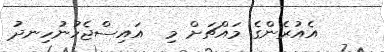
އެއުރެންގެ މައްޗަށް މި  އައިސްޖެހުނުހިނދު